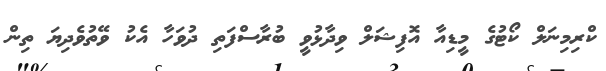
ކްރިމިނަލް ކޯޓުގެ މީޑިއާ އޮފިޝަލް ވިދާޅުވީ ބުރާސްފަތި ދުވަހާ އެކު ވޭތުވެދިޔަ ތިން